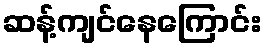
ဆန့်ကျင်နေကြောင်း